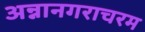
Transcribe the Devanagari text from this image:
अन्नानगराचरम